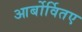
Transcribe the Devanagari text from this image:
आर्बोर्वितए